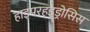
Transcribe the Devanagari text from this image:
हाइपरहइड्रोसिस